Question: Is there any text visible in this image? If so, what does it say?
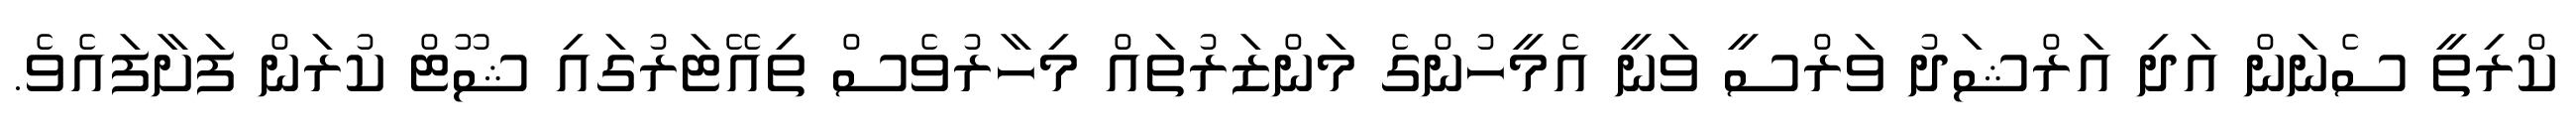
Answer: ކްރިތީ ސެނަން އަދި އަރްޝަދު ވަރްސީ ވަނީ އެމީހުންގެ މަންޒަރުތައް މިހާރުވެސް ތިއޭޓަރުގައި ޝޫޓް ކުރަން ފަށާފައެވެ.